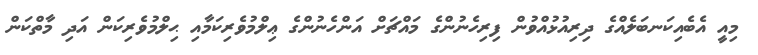
މިއީ އެބެއިކަނބަލެއްގެ ދިރިއުޅުއްވުން ފިރިހެނުންގެ މައްޗަށް އަންހެނުންގެ ޢިލްމުވެރިކަމާއި ޙިލްމުވެރިކަން އަދި މާތްކަން